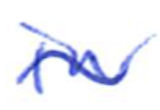
Text: in
Cross-out: wave
Writing tool: ballpoint